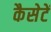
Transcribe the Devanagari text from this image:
कैसेटें